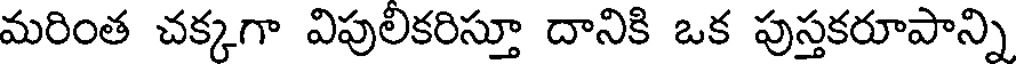
మరింత చక్కగా విపులికరిస్తూ దానికి ఒక పుస్తకరూపాన్ని